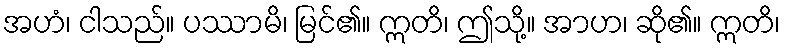
အဟံ၊ ငါသည်။ ပဿာမိ၊ မြင်၏။ ဣတိ၊ ဤသို့။ အာဟ၊ ဆို၏။ ဣတိ၊